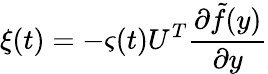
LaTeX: \xi(t)=-\varsigma(t)U^{T}\frac{\partial\tilde{f}(y)}{\partial y}